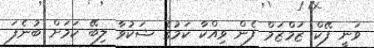
ވަނީ ފޭކް ޒަމްޒަމް ފެން ވިއްކާ ކަމުގެ ޝަކުވާ ލިބޭ ކަަމަށް ބުނެފަ